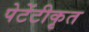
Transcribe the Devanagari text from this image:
पेटेंटीकृत